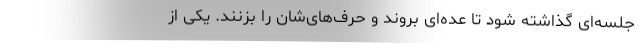
جلسه‌ای گذاشته شود تا عده‌ای بروند و حرف‌های‌شان را بزنند. یکی از